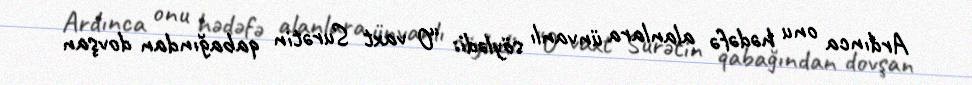
Ardınca onu hədəfə alanlara ünvanlı söylədi: “O vaxt Surətin qabağından dovşan